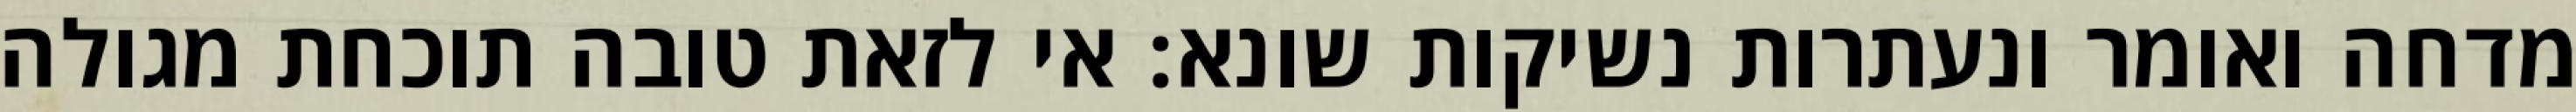
מדחה ואומר ונעתרות נשיקות שונא: אי לזאת טובה תוכחת מגולה